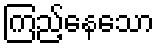
ကြည့်နေသော